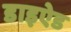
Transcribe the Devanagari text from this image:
डाइऐड